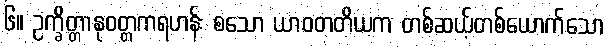
၆။ ဥက္ခိတ္တာနုဝတ္တကရဟန်း စသော ယာဝတတိယက တစ်ဆယ့်တစ်ယောက်သော